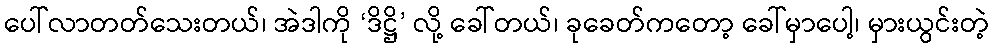
ပေါ်လာတတ်သေးတယ်၊ အဲဒါကို ‘ဒိဋ္ဌိ’ လို့ ခေါ်တယ်၊ ခုခေတ်ကတော့ ခေါ်မှာပေါ့၊ မှားယွင်းတဲ့